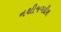
નથીજગદીશ